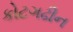
કોટગઢીન